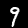
Label: 9